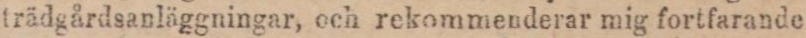
trädgårdsanläggningar, och rekommenderar mig fortfarande